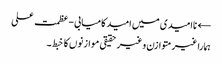
← ناامیدی میں امید کامیابی-عظمت علی
ہمارا غیر متوازن و غیر حقیقی موازنوں کا خبط ۔